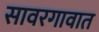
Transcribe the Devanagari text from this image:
सावरगावात